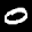
Digit: 0